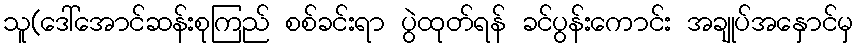
သူ(ဒေါ်အောင်ဆန်းစုကြည် စစ်ခင်းရာ ပွဲထုတ်ရန် ခင်ပွန်းကောင်း အချုပ်အနှောင်မှ